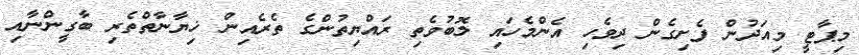
މިޕާޓީ މިއަދުން ފެށިގެން ދިވެހި އެންމެހައި ލޮބުވެތި ރައްޔިތުންގެ ތެރެއިން ޚިޔާނާތްތެރި ބާގީންނާއި